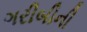
ગરીબીની